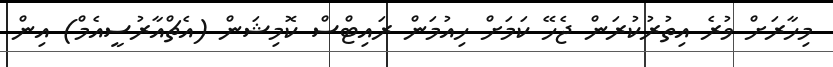
މިހާރަށް ވުރެ އިތުރުކުރަން ޖެހޭ ކަމަށް ހިއުމަން ރައިޓްސް ކޮމިޝަން (އެޗްއާރުސީއެމް) އިން